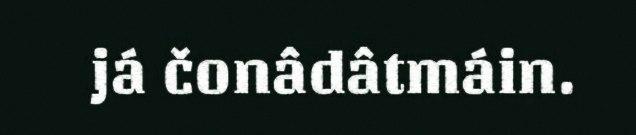
já čonâdâtmáin.